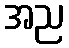
အည